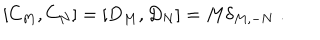
LaTeX: \left[ C _ { M } , C _ { N } \right] = \left[ D _ { M } , D _ { N } \right] = M \delta _ { M , - N } \; .